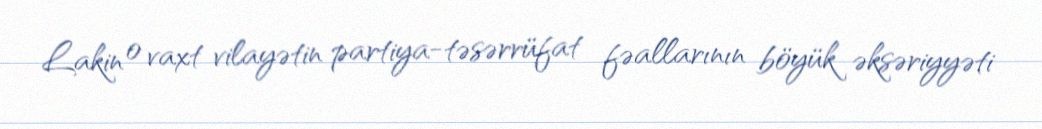
Lakin o vaxt vilayətin partiya-təsərrüfat fəallarının böyük əksəriyyəti